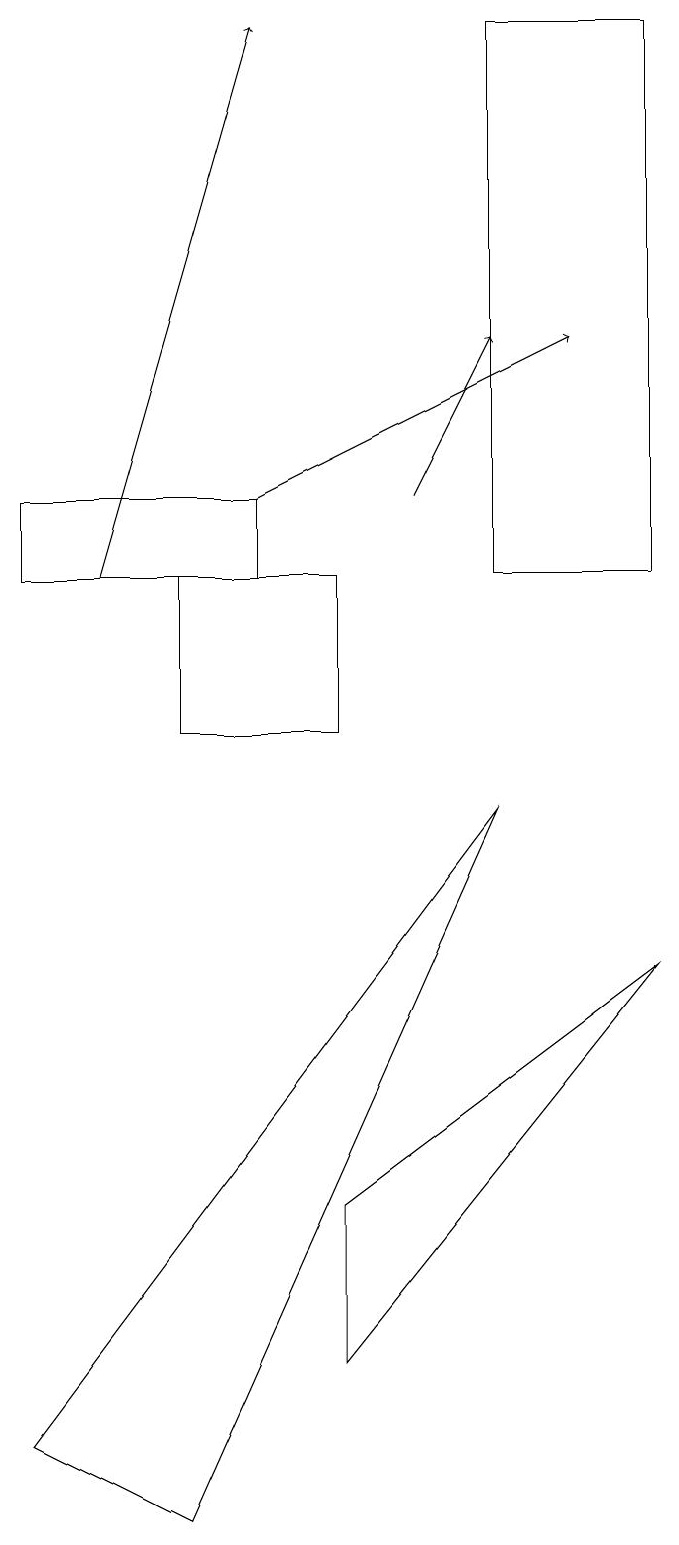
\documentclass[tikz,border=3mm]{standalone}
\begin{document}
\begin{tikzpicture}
\draw (4,4) -- (4,2) -- (8,7) -- cycle;
\draw[->] (3,13) -- (7,15);
\draw[->] (5,13) -- (6,15);
\draw (3,12) rectangle (0,13);
\draw (2,12) rectangle (4,10);
\draw[->] (1,12) -- (3,19);
\draw (8,19) rectangle (6,12);
\draw (0,1) -- (2,0) -- (6,9) -- cycle;
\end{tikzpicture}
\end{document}